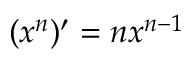
( x ^ { n } ) ^ { \prime } = n x ^ { n - 1 }